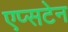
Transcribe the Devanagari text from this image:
एप्सटेन